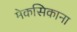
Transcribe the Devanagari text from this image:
मेकसिकाना